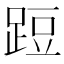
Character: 𨁋